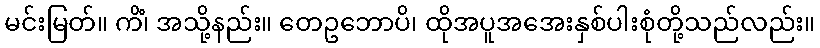
မင်းမြတ်။ ကိံ၊ အသို့နည်း။ တေဥဘောပိ၊ ထိုအပူအအေးနှစ်ပါးစုံတို့သည်လည်း။